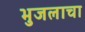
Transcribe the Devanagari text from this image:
भुजलाचा